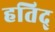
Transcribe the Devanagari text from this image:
हतिद्